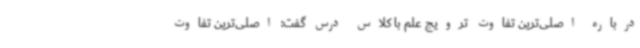
درباره اصلی‌ترین تفاوت ترویج علم با کلاس درس گفت: اصلی‌ترین تفاوت